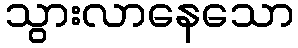
သွားလာနေသော